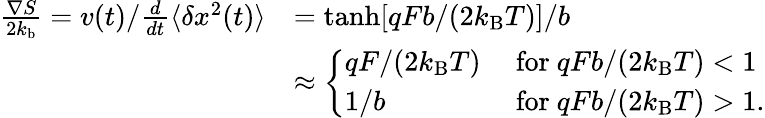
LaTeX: \begin{array}{rl}{\frac{\nabla S}{2k_{\mathrm{b}}}=v(t)/\frac{d}{dt}\langle\delta x^{2}(t)\rangle}&{=\operatorname{tanh}[qFb/(2k_{\mathrm{B}}T)]/b}\\ &{\approx\left\{ \begin{array}{ll}{qF/(2k_{\mathrm{B}}T)}&{\mathrm{~for~}qFb/(2k_{\mathrm{B}}T)<1}\\ {\displaystyle 1/b}&{\mathrm{~for~}qFb/(2k_{\mathrm{B}}T)>1.}\end{array}\right.}\end{array}